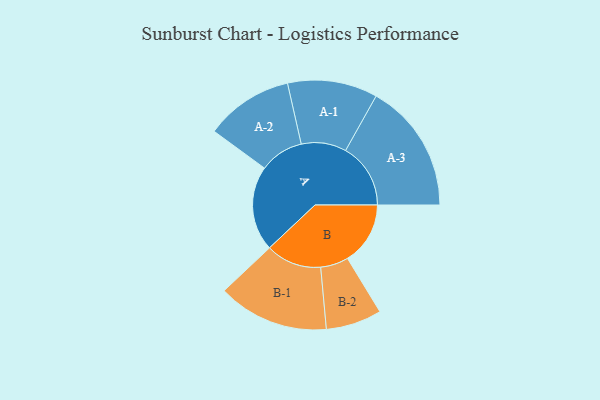
{"axis": {"x": "Segment", "y": "Value"}, "legend": ["", "A", "B"], "data": [{"x": "A", "y": 344, "type": ""}, {"x": "B", "y": 254, "type": ""}, {"x": "A-1", "y": 182, "type": "A"}, {"x": "A-2", "y": 178, "type": "A"}, {"x": "A-3", "y": 263, "type": "A"}, {"x": "B-1", "y": 225, "type": "B"}, {"x": "B-2", "y": 113, "type": "B"}]}